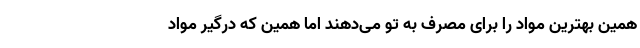
همین بهترین مواد را برای مصرف به تو می‌دهند اما همین که درگیر مواد